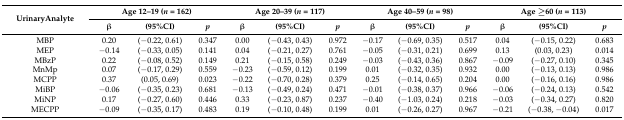
<table><thead><tr><td rowspan="2"><b>UrinaryAnalyte</b></td><td colspan="3"><b>Age 12–19 (<i>n</i> = 162)</b></td><td colspan="3"><b>Age 20–39 (<i>n</i> = 117)</b></td><td colspan="3"><b>Age 40–59 (<i>n</i> = 98)</b></td><td colspan="3"><b>Age ≥60 (<i>n</i> = 113)</b></td></tr><tr><td><b>β</b></td><td><b>(95%CI)</b></td><td><b><i>p</i></b></td><td><b>β</b></td><td><b>(95%CI)</b></td><td><b><i>p</i></b></td><td><b>β</b></td><td><b>(95%CI)</b></td><td><b><i>p</i></b></td><td><b>β</b></td><td><b>(95%CI)</b></td><td><b><i>p</i></b></td></tr></thead><tbody><tr><td>MBP</td><td>0.20</td><td>(−0.22, 0.61)</td><td>0.347</td><td>0.00</td><td>(−0.43, 0.43)</td><td>0.972</td><td>−0.17</td><td>(−0.69, 0.35)</td><td>0.517</td><td>0.04</td><td>(−0.15, 0.22)</td><td>0.683</td></tr><tr><td>MEP</td><td>−0.14</td><td>(−0.33, 0.05)</td><td>0.141</td><td>0.04</td><td>(−0.21, 0.27)</td><td>0.761</td><td>−0.05</td><td>(−0.31, 0.21)</td><td>0.699</td><td>0.13</td><td>(0.03, 0.23)</td><td>0.014</td></tr><tr><td>MBzP</td><td>0.22</td><td>(−0.08, 0.52)</td><td>0.149</td><td>0.21</td><td>(−0.15, 0.58)</td><td>0.249</td><td>−0.03</td><td>(−0.43, 0.36)</td><td>0.867</td><td>−0.09</td><td>(−0.27, 0.10)</td><td>0.345</td></tr><tr><td>MnMp</td><td>0.07</td><td>(−0.17, 0.29)</td><td>0.559</td><td>−0.23</td><td>(−0.59, 0.12)</td><td>0.199</td><td>0.01</td><td>(−0.32, 0.35)</td><td>0.932</td><td>0.00</td><td>(−0.13, 0.13)</td><td>0.986</td></tr><tr><td>MCPP</td><td>0.37</td><td>(0.05, 0.69)</td><td>0.023</td><td>−0.22</td><td>(−0.70, 0.28)</td><td>0.379</td><td>0.25</td><td>(−0.14, 0.65)</td><td>0.204</td><td>0.00</td><td>(−0.16, 0.16)</td><td>0.986</td></tr><tr><td>MiBP</td><td>−0.06</td><td>(−0.35, 0.23)</td><td>0.681</td><td>−0.13</td><td>(−0.49, 0.24)</td><td>0.471</td><td>−0.01</td><td>(−0.38, 0.37)</td><td>0.966</td><td>−0.06</td><td>(−0.24, 0.13)</td><td>0.542</td></tr><tr><td>MiNP</td><td>0.17</td><td>(−0.27, 0.60)</td><td>0.446</td><td>0.33</td><td>(−0.23, 0.87)</td><td>0.237</td><td>−0.40</td><td>(−1.03, 0.24)</td><td>0.218</td><td>−0.03</td><td>(−0.34, 0.27)</td><td>0.820</td></tr><tr><td>MECPP</td><td>−0.09</td><td>(−0.35, 0.17)</td><td>0.483</td><td>0.19</td><td>(−0.10, 0.48)</td><td>0.199</td><td>0.01</td><td>(−0.26, 0.27)</td><td>0.967</td><td>−0.21</td><td>(−0.38, −0.04)</td><td>0.017</td></tr></tbody></table>